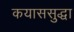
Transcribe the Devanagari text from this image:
कयाससुद्धा